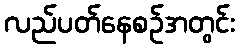
လည်ပတ်နေစဉ်အတွင်း